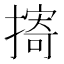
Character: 㨳